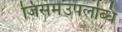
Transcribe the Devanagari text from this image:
जिसमेंउपलब्धि